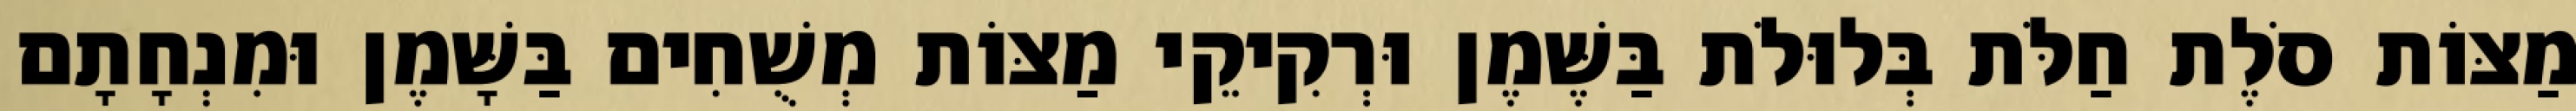
מַצּוֹת סֹלֶת חַלֹּת בְּלוּלֹת בַּשֶּׁמֶן וּרְקִיקֵי מַצּוֹת מְשֻׁחִים בַּשָּׁמֶן וּמִנְחָתָם